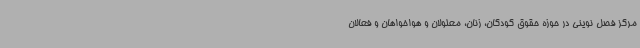
مرکز فصل نوینی در حوزه حقوق کودکان، زنان، معلولان و هواخواهان و فعالان